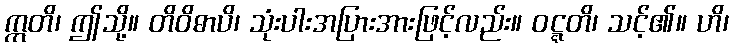
ဣတိ၊ ဤသို့။ တိဝိဓာပိ၊ သုံးပါးအပြားအားဖြင့်လည်း။ ဝဋ္ဋတိ၊ သင့်၏။ ဟိ၊